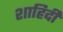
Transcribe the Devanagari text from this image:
शाहिदी